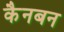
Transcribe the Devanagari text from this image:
कैनबन